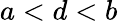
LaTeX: a<d<b